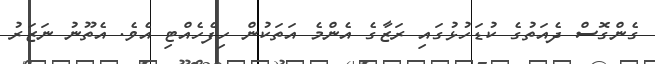
ގެންގޮސް ދެއަތުގެ ކުޑަހުޅުގައި ރަޒާގެ އެންމެ އަތަކުން ހިފެހެއްޓި އެވެ. އެތޫނު ނަޒަރު